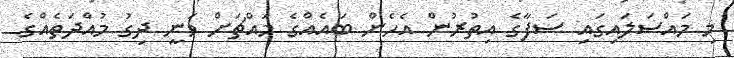
މި މައްސަލައިގައި ސަފާގެ އިތުރުން އެހެން ބައެއްގެ މައްޗަށް ވަނީ ދިގު މުއްދަތެއްގެ